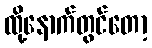
ထို့နောက်တွင်တော့